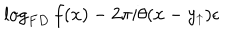
\log _ { F D } f ( x ) - 2 \pi i \theta ( x - y _ { \uparrow } ) \epsilon